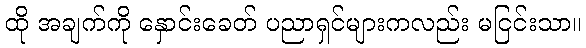
ထို အချက်ကို နှောင်းခေတ် ပညာရှင်များကလည်း မငြင်းသာ။